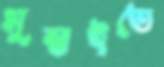
মুম্বাইতে